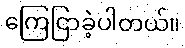
ကြေငြာခဲ့ပါတယ်။